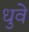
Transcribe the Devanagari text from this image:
धुवे